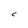
Character: C